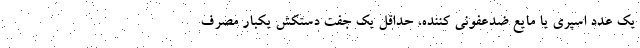
یک عدد اسپری یا مایع ضدعفونی کننده، حداقل یک جفت دستکش یکبار مصرف